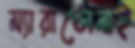
ম্যারাডোনাই